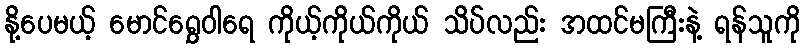
နို့ပေမယ့် မောင်ရွှေဝါရေ ကိုယ့်ကိုယ်ကိုယ် သိပ်လည်း အထင်မကြီးနဲ့ ရန်သူကို